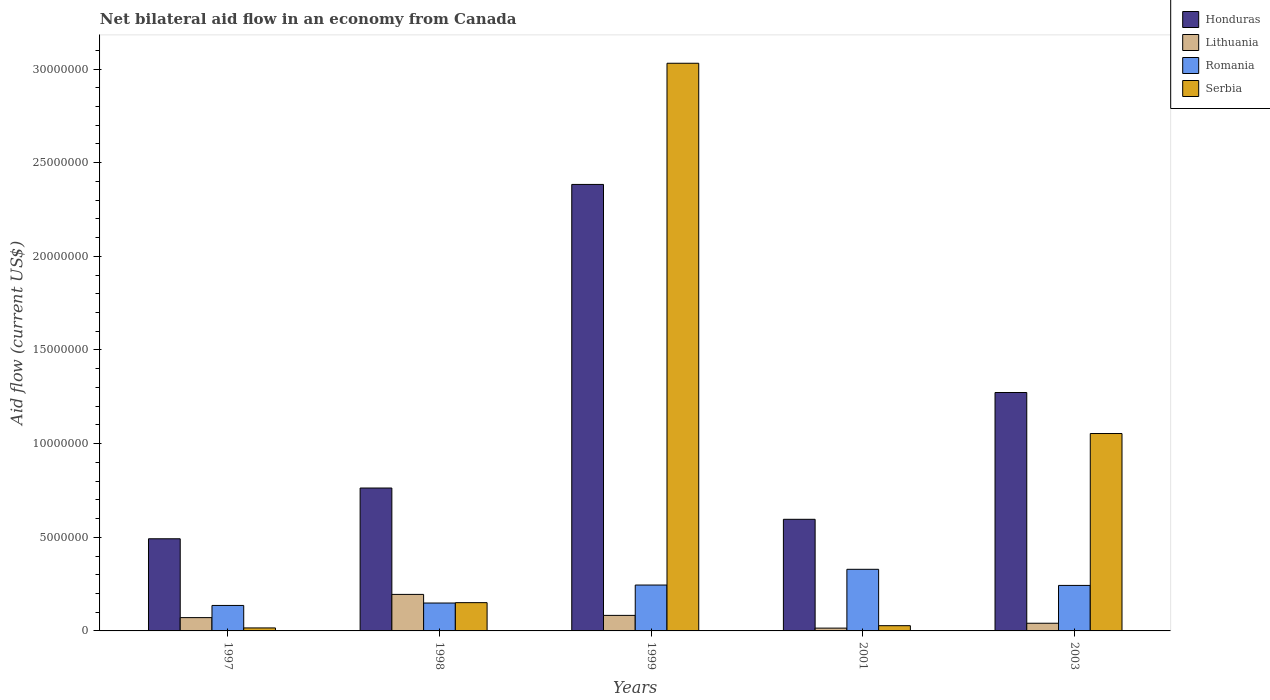
| Years | Honduras | Lithuania | Romania | Serbia |
 | --- | --- | --- | --- | --- |
 | 1997 | 4.92e+06 | 7.1e+05 | 1.36e+06 | 1.6e+05 |
 | 1998 | 7.63e+06 | 1.95e+06 | 1.49e+06 | 1.51e+06 |
 | 1999 | 2.38e+07 | 8.3e+05 | 2.45e+06 | 3.03e+07 |
 | 2001 | 5.96e+06 | 1.5e+05 | 3.29e+06 | 2.8e+05 |
 | 2003 | 1.27e+07 | 4.1e+05 | 2.43e+06 | 1.05e+07 |